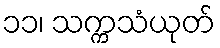
၁၁၊ သက္ကသံယုတ်